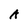
Character: A